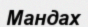
Мандах